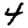
Digit: 4